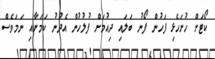
ކޯޓަށް ހުށަހެޅި ފަހުން ފޯނު ބަލައި ދިއުމަށް ފުލުހުން އެދުނު ކަމަށާއި ނަމަވެސް